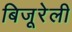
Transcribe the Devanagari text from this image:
बिजूरेली